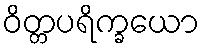
ဝိတ္တပရိက္ခယော